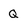
Character: Q